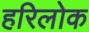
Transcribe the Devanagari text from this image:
हरिलोक